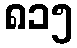
၈၁၅